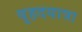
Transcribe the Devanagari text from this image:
वृहदयात्रा